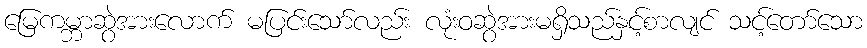
မြေကမ္ဘာဆွဲအားလောက် မပြင်းသော်လည်း လုံးဝဆွဲအားမရှိသည်နှင့်စာလျင် သင့်တော်သော